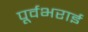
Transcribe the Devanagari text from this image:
पूर्वभराई